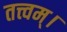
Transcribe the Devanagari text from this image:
तत्त्वम्।